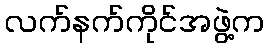
လက်နက်ကိုင်အဖွဲ့က